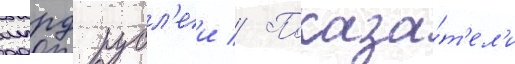
млрд рубл'еи // Показа́т'ел'и